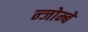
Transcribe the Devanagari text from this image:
न्जोम्बे